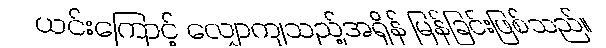
ယင်းကြောင့် လျှောကျသည့်အရှိန် မြန်ခြင်းဖြစ်သည်။